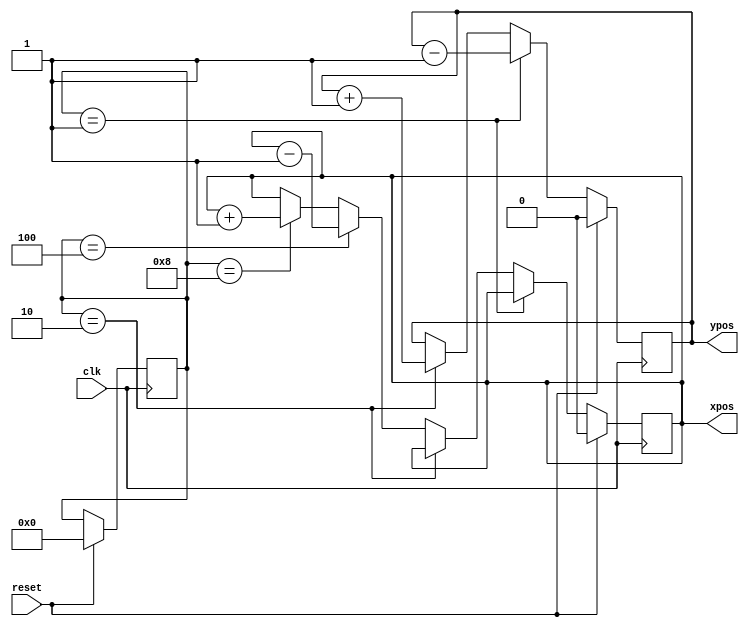
`timescale 1ns / 1ps

module ghost_movement (input clk, input reset, output reg xpos, output reg ypos
    );

    parameter UP = 4'b0001;
    parameter DOWN = 4'b0010;
    parameter LEFT = 4'b0100;
    parameter RIGHT = 4'b1000;
    parameter GHOST_START_XPOS = 8;
    parameter GHOST_START_YPOS = 8;
    reg [3:0] curdir;

    initial begin
        xpos = GHOST_START_XPOS;   //GHOST STARTING POSITION X
        ypos = GHOST_START_YPOS;   //GHOST STARTING POSITION Y
        curdir = 0;
    end

    always @ (posedge clk) begin
        if (reset) begin
            xpos <= GHOST_START_XPOS;
            ypos <= GHOST_START_YPOS;
            curdir = 0;
        end
        else begin
          //TODO: check if valid move
          //TODO: generate random direction to go
            if (curdir == UP)
                ypos <= ypos - 1;
            else if (curdir == DOWN)
                ypos <= ypos + 1;
            else if (curdir == LEFT)
                xpos <= xpos - 1;
            else if (curdir == RIGHT)
                xpos <= xpos + 1;
        end
    end

endmodule